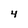
Character: 4